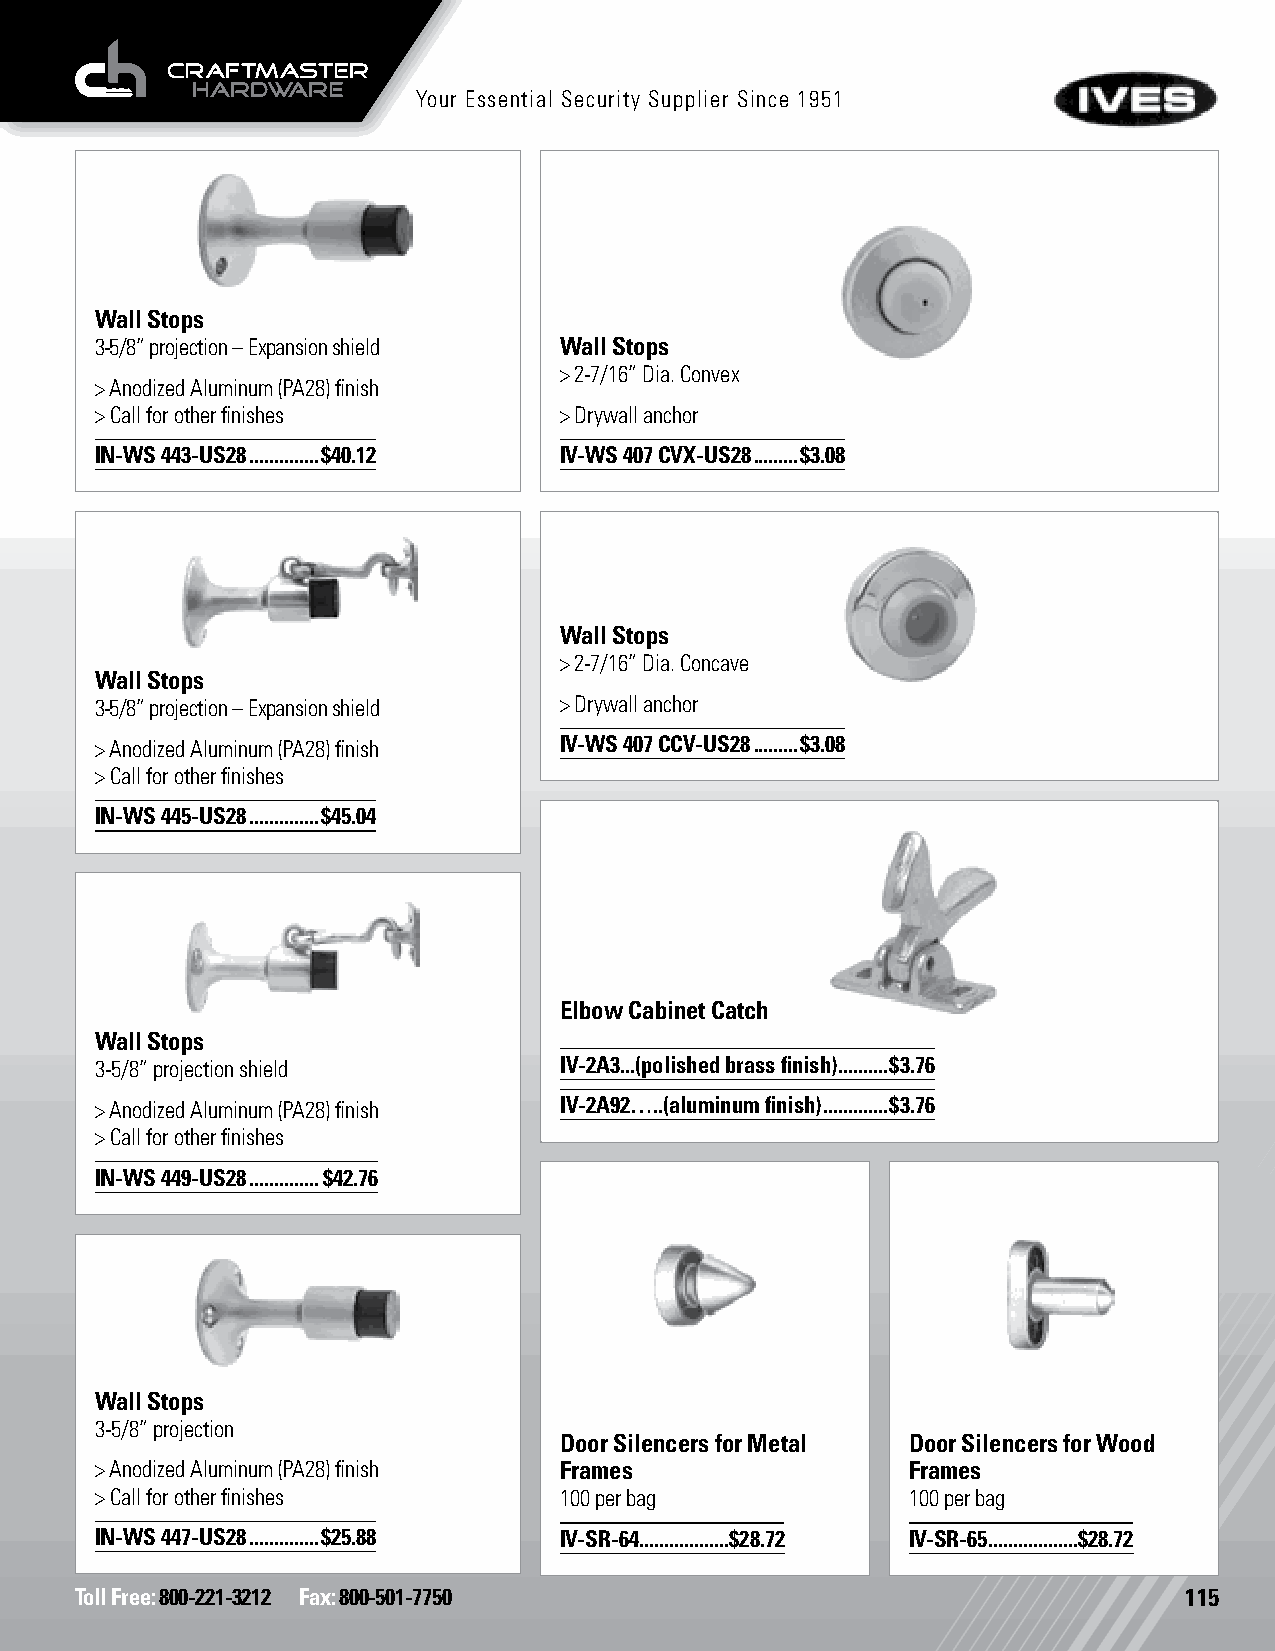
Your Essential Security Supplier Since 1951
 Wall Stops
 3-5/8” projection – Expansion shield Wall Stops
 > 2-7/16” Dia. Convex
 > Anodized Aluminum (PA28) finish
 > Call for other finishes      > Drywall anchor
 IN-WS 443-US28 ..............$40.12 IV-WS 407 CVX-US28 .........$3.08
 Wall Stops
 > 2-7/16” Dia. Concave
 Wall Stops
 3-5/8” projection – Expansion shield > Drywall anchor
 > Anodized Aluminum (PA28) finish IV-WS 407 CCV-US28 .........$3.08
 > Call for other finishes
 IN-WS 445-US28 ..............$45.04
 Elbow Cabinet Catch
 Wall Stops
 3-5/8” projection shield       IV-2A3...(polished brass finish) ..........$3.76
 > Anodized Aluminum (PA28) finish IV-2A92…..(aluminum finish) .............$3.76
 > Call for other finishes
 IN-WS 449-US28 ..............$42.76
 Wall Stops
 3-5/8” projection
 Door Silencers for Metal Door Silencers for Wood
 > Anodized Aluminum (PA28) finish Frames              Frames
 > Call for other finishes      100 per bag            100 per bag
 IN-WS 447-US28 ..............$25.88 IV-SR-64 ..................$28.72 IV-SR-65 ..................$28.72
 Toll Free: 800-221-3212 Fax: 800-501-7750                                115